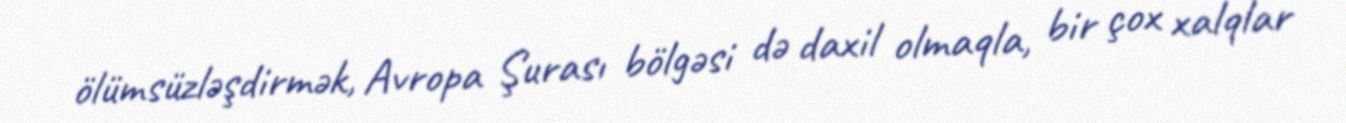
ölümsüzləşdirmək, Avropa Şurası bölgəsi də daxil olmaqla, bir çox xalqlar